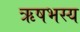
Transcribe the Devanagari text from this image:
ऋषभस्य